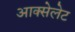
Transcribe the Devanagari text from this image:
आक्सेलेट